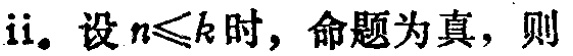
ii. 设 \(n\leqslant k\) 时，命题为真，则